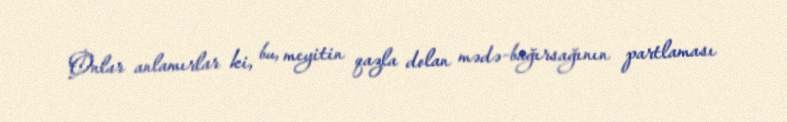
Onlar anlamırlar ki, bu, meyitin qazla dolan mədə-bağırsağının partlaması